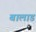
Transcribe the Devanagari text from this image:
बालाड